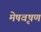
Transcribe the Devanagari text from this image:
मेषवृषण